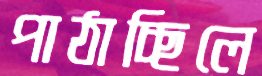
পাঠাচ্ছিলে